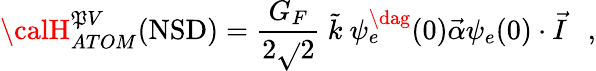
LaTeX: {\calH}_{ATOM}^{\mathfrak{P}V}(\mathrm{{NSD}})={\frac{{G_{F}}}{{2\sqrt{}{2}}}}\ {\tilde{{k}}}\ \psi_{e}^{\dag}(0){\vec{{\alpha}}}\psi_{e}(0)\cdot{\vec{{I}}}\ \ \ ,